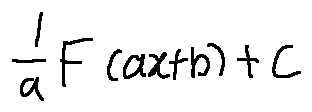
\frac { 1 } { a } F ( a x + b ) + C